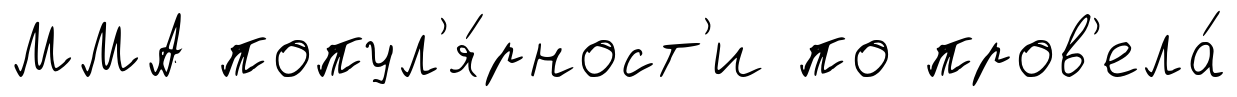
ММА попул'я́рност'и по пров'ела́